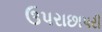
ઉપરાછાપરી